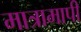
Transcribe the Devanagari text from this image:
मात्रामापी